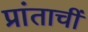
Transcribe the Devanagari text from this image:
प्रांताचीं